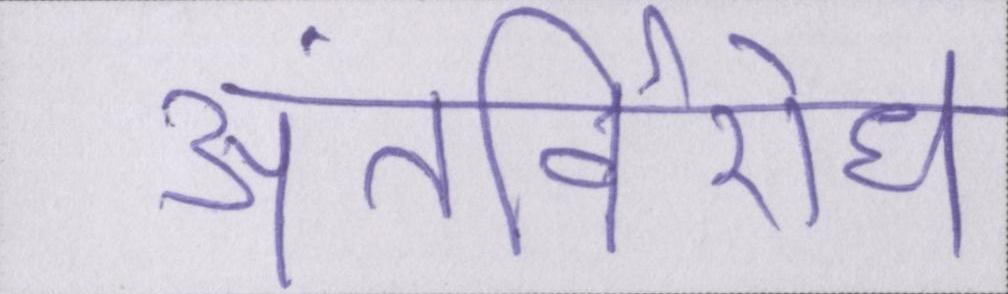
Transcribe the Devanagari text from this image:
अंतर्विरोध